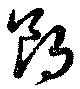
朗